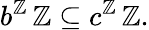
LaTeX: b^{\mathbb{Z}}\, \mathbb{Z}\subseteq c^{\mathbb{Z}}\, \mathbb{Z}.